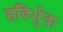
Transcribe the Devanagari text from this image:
हविर्भुवा